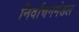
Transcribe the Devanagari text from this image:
निर्वाचनमंडल